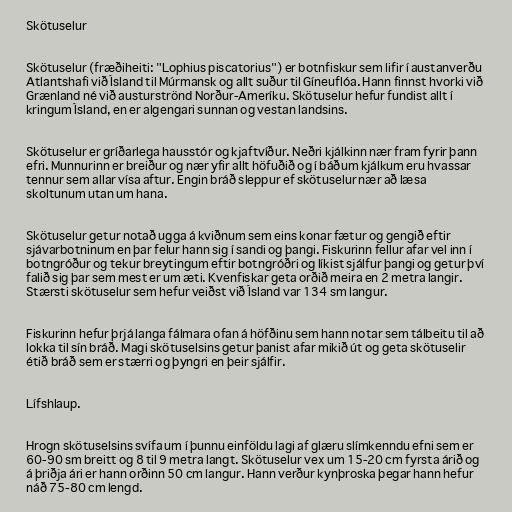
Skötuselur

Skötuselur (fræðiheiti: "Lophius piscatorius") er botnfiskur sem lifir í austanverðu
Atlantshafi við Ísland til Múrmansk og allt suður til Gíneuflóa. Hann finnst hvorki við
Grænland né við austurströnd Norður-Ameríku. Skötuselur hefur fundist allt í
kringum Ísland, en er algengari sunnan og vestan landsins.

Skötuselur er gríðarlega hausstór og kjaftvíður. Neðri kjálkinn nær fram fyrir þann
efri. Munnurinn er breiður og nær yfir allt höfuðið og í báðum kjálkum eru hvassar
tennur sem allar vísa aftur. Engin bráð sleppur ef skötuselur nær að læsa
skoltunum utan um hana.

Skötuselur getur notað ugga á kviðnum sem eins konar fætur og gengið eftir
sjávarbotninum en þar felur hann sig í sandi og þangi. Fiskurinn fellur afar vel inn í
botngróður og tekur breytingum eftir botngróðri og líkist sjálfur þangi og getur því
falið sig þar sem mest er um æti. Kvenfiskar geta orðið meira en 2 metra langir.
Stærsti skötuselur sem hefur veiðst við Ísland var 134 sm langur.

Fiskurinn hefur þrjá langa fálmara ofan á höfðinu sem hann notar sem tálbeitu til að
lokka til sín bráð. Magi skötuselsins getur þanist afar mikið út og geta skötuselir
étið bráð sem er stærri og þyngri en þeir sjálfir.

Lífshlaup.

Hrogn skötuselsins svífa um í þunnu einföldu lagi af glæru slímkenndu efni sem er
60-90 sm breitt og 8 til 9 metra langt. Skötuselur vex um 15-20 cm fyrsta árið og
á þriðja ári er hann orðinn 50 cm langur. Hann verður kynþroska þegar hann hefur
náð 75-80 cm lengd.